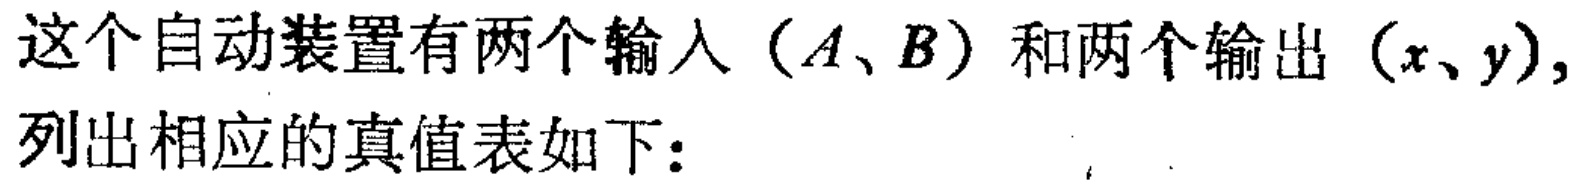
这个自动装置有两个输入（\(A、B\)）和两个输出（\(x、y\)），列出相应的真值表如下：